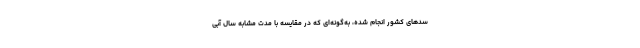
سدهای کشور انجام شده، به‌گونه‌ای که در مقایسه با مدت مشابه سال آبی